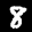
Label: 8